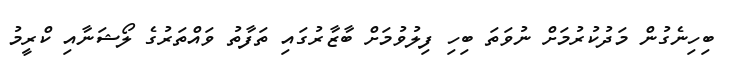
ބިހިނެގުން މަދުކުރުމަށް ނުވަތަ ބިހި ފިލުވުމަށް ބާޒާރުގައި ތަފާތު ވައްތަރުގެ ލޯޝަނާއި ކްރީމު